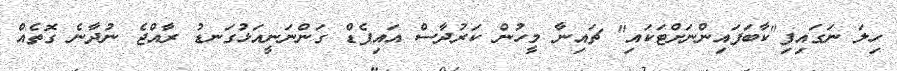
ހިލަ ނަގައިފި"ކާބަފައިންނަށްޓަކައި" ޗައިނާ މީހުން ކަރުދާސް އައިޕެޑް ގަންނަނީއަޅުގަނޑު ރާއްޖެ ނުދާނެ ގޮތެއް